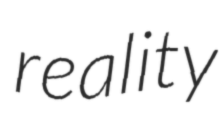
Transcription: reality